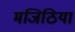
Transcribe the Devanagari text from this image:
मजिठिया